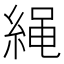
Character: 䋲